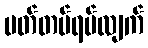
မတ်တပ်ရပ်လျက်